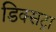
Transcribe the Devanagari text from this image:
डिक्सट्रा